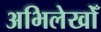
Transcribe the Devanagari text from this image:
अभिलेखोँ